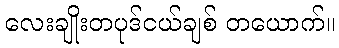
လေးချိုးတပုဒ်ငယ်ချစ် တယောက်။